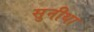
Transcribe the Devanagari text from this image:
सुनीथा